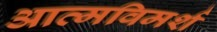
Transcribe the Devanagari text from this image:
आत्मविमर्श